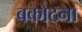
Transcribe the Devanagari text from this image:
बकोटना